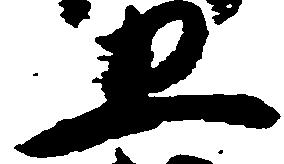
五